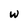
Character: w